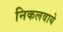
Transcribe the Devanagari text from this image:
निकलवाये